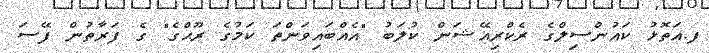
ފ.އަތޮޅު ކައުންސިލްގެ ރެކްރިއޭޝަން ކުލަބު "އެއްބައިވަންތަ ކަމުގެ ރޫޙްގެ" ގެ ފަރާތުން ފޭސަ